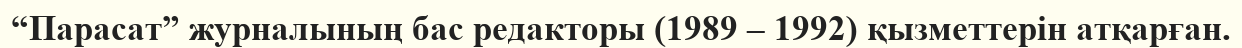
“Парасат” журналының бас редакторы (1989 – 1992) қызметтерін атқарған.